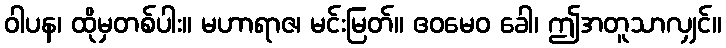
ဝါပန၊ ထိုမှတစ်ပါး။ မဟာရာဇ၊ မင်းမြတ်။ ဧဝမေဝ ခေါ၊ ဤအတူသာလျှင်။